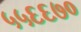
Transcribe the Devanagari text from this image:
५५६६७०